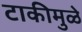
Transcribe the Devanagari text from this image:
टाकीमुळे